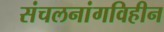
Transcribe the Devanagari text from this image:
संचलनांगविहीन